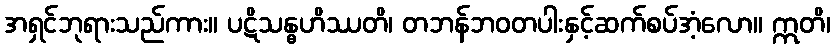
အရှင်ဘုရားသည်ကား။ ပဋိသန္ဓဟိဿတိ၊ တဘန်ဘဝတပါးနှင့်ဆက်စပ်အံ့လော။ ဣတိ၊